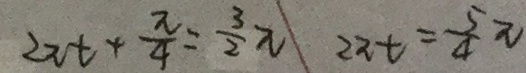
2 \pi t + \frac { \pi } { 4 } = \frac { 3 } { 2 } \pi 2 \pi t = \frac { 5 } { 4 } \pi